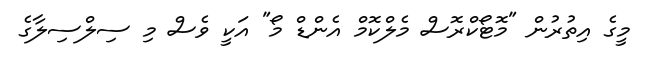
މީގެ އިތުރުން "މޮޓޯކްރޮސް މެލްކޮމް އެންޑް މޯ" އަކީ ވެސް މި ސިލްސިލާގެ